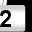
Digit: 2